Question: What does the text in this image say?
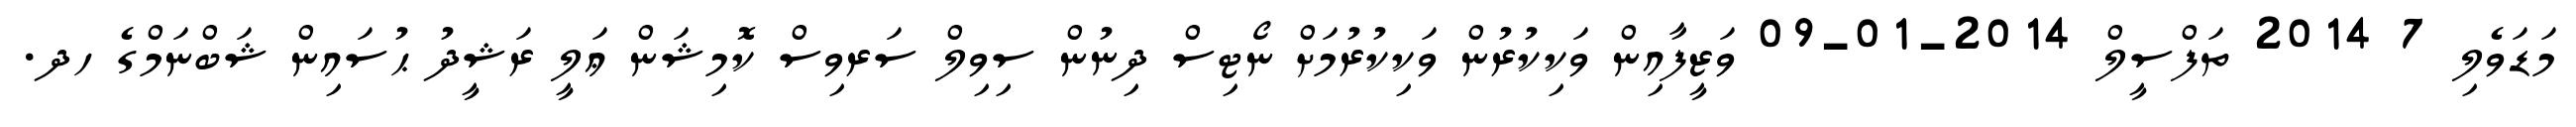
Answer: މަޑަވެލި 7 2014 ތަފްސީލް 2014-01-09 ވަޒީފާއިން ވަކިކުރުން ވަކިކުރުމަށް ނޯޓިސް ދިނުން ސިވިލް ސަރވިސް ކޮމިޝަން ޢަލީ ރަޝީދު ޙުސައިން ޝަބްނަމްގެ ހދ.